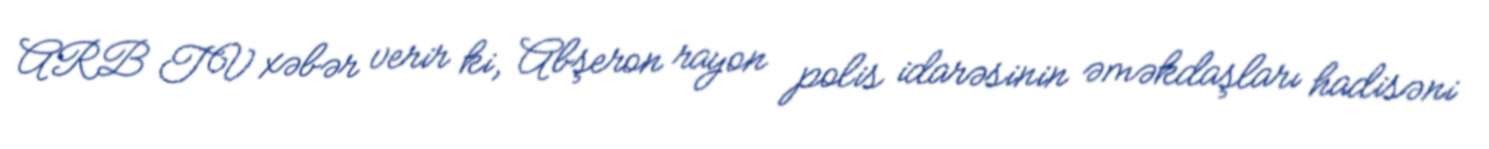
ARB TV xəbər verir ki, Abşeron rayon polis idarəsinin əməkdaşları hadisəni